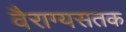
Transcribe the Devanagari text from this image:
वैराग्यसतक